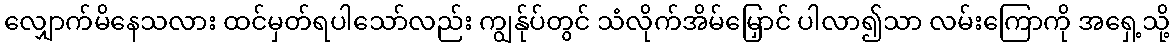
လျှောက်မိနေသလား ထင်မှတ်ရပါသော်လည်း ကျွန်ုပ်တွင် သံလိုက်အိမ်မြှောင် ပါလာ၍သာ လမ်းကြောကို အရှေ့သို့